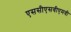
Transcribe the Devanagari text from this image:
एससीएसवीएमवी